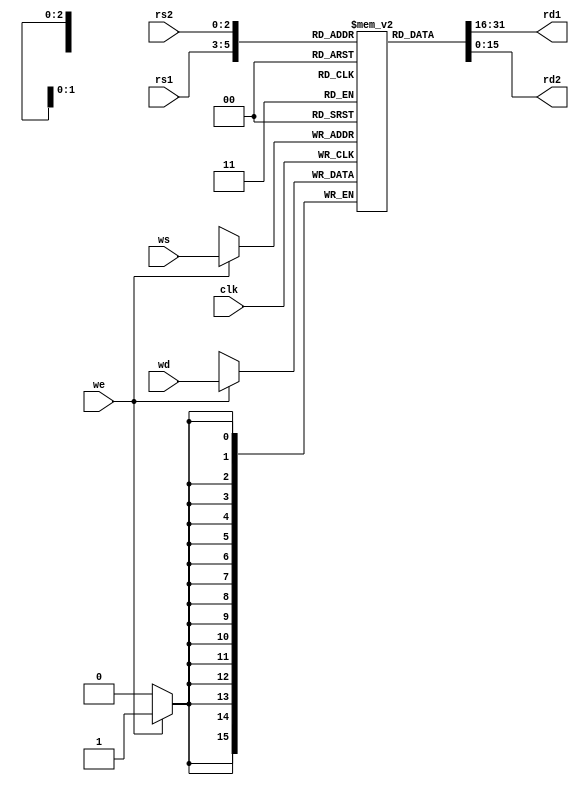
`timescale 1ns / 1ps
module register_file (rs1,rs2,ws,wd,rd1,rd2,we,clk);
//rs1,rs2 => register address a and b => example $add s1,a,b
input [2:0]rs1,rs2,ws;
input [15:0] wd;
input clk,we;
output [15:0] rd1,rd2;

reg [15:0] reg_array [7:0];

//make the array just clear
integer i;
initial begin
for(i = 0; i < 8; i = i + 1)
	reg_array[i] <= 16'd0;
end

always @(posedge clk)begin
	if(we)begin
		reg_array[ws] <= wd;
	end
end
assign rd1 = reg_array[rs1];
assign rd2 = reg_array[rs2];
endmodule